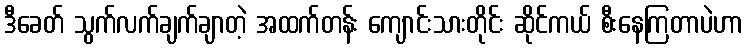
ဒီခေတ် သွက်လက်ချက်ချာတဲ့ အထက်တန်း ကျောင်းသားတိုင်း ဆိုင်ကယ် စီးနေကြတာပဲဟာ